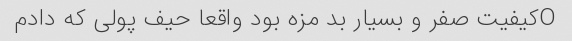
Oکیفیت صفر و بسیار بد مزه بود واقعا حیف پولی که دادم